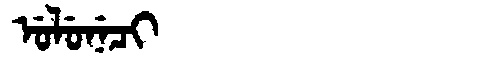
Manchu: ᡠᠯᡠᠨᡝᠴᡳ
Romanization: ULUNECI